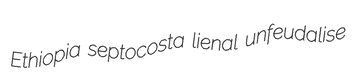
Ethiopia septocosta lienal unfeudalise